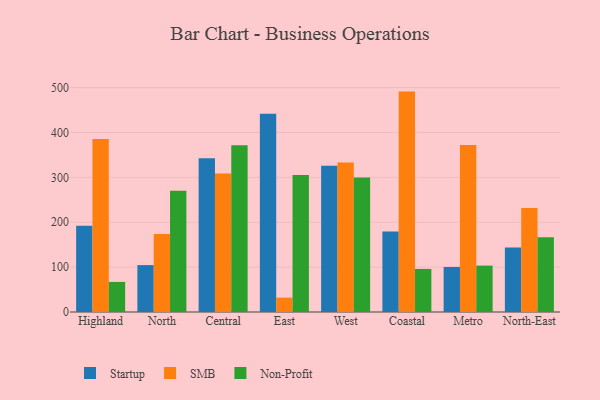
{"axis": {"x": "Region", "y": "Tickets Resolved"}, "legend": ["Non-Profit", "SMB", "Startup"], "data": [{"x": "Highland", "y": 192.0, "type": "Startup"}, {"x": "Highland", "y": 385.3, "type": "SMB"}, {"x": "Highland", "y": 67.0, "type": "Non-Profit"}, {"x": "North", "y": 104.5, "type": "Startup"}, {"x": "North", "y": 173.9, "type": "SMB"}, {"x": "North", "y": 270.2, "type": "Non-Profit"}, {"x": "Central", "y": 342.6, "type": "Startup"}, {"x": "Central", "y": 308.6, "type": "SMB"}, {"x": "Central", "y": 371.4, "type": "Non-Profit"}, {"x": "East", "y": 441.6, "type": "Startup"}, {"x": "East", "y": 32.0, "type": "SMB"}, {"x": "East", "y": 305.3, "type": "Non-Profit"}, {"x": "West", "y": 326.1, "type": "Startup"}, {"x": "West", "y": 332.9, "type": "SMB"}, {"x": "West", "y": 299.7, "type": "Non-Profit"}, {"x": "Coastal", "y": 179.2, "type": "Startup"}, {"x": "Coastal", "y": 491.1, "type": "SMB"}, {"x": "Coastal", "y": 96.0, "type": "Non-Profit"}, {"x": "Metro", "y": 100.4, "type": "Startup"}, {"x": "Metro", "y": 372.3, "type": "SMB"}, {"x": "Metro", "y": 103.4, "type": "Non-Profit"}, {"x": "North-East", "y": 143.9, "type": "Startup"}, {"x": "North-East", "y": 231.9, "type": "SMB"}, {"x": "North-East", "y": 166.5, "type": "Non-Profit"}]}